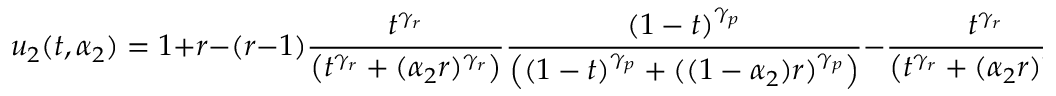
u _ { 2 } ( t , \alpha _ { 2 } ) = 1 + r - ( r - 1 ) \frac { t ^ { \gamma _ { r } } } { \left( t ^ { \gamma _ { r } } + ( \alpha _ { 2 } r ) ^ { \gamma _ { r } } \right) } \frac { ( 1 - t ) ^ { \gamma _ { p } } } { \left( ( 1 - t ) ^ { \gamma _ { p } } + ( ( 1 - \alpha _ { 2 } ) r ) ^ { \gamma _ { p } } \right) } - \frac { t ^ { \gamma _ { r } } } { \left( t ^ { \gamma _ { r } } + ( \alpha _ { 2 } r ) ^ { \gamma _ { r } } \right) } - \frac { ( 1 - t ) ^ { \gamma _ { p } } } { \left( ( 1 - t ) ^ { \gamma _ { p } } + ( ( 1 - \alpha _ { 2 } ) r ) ^ { \gamma _ { p } } \right) }